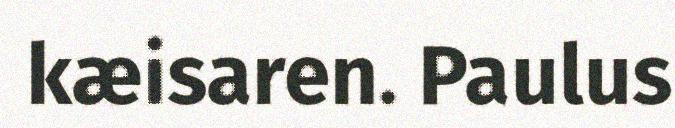
kæisaren. Paulus